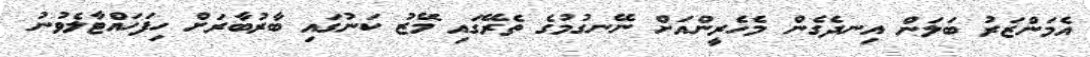
އެމަންޒަރު ބަލަން އިނދެގެން މެހެރީންއަށް ނޭނގުމުގެ ތެރޭގައި މޭޒު ކަނުގައި ބާރުބާރަށް ހިފަހައްޓާލެވުނު